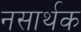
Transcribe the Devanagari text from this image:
नसार्थक